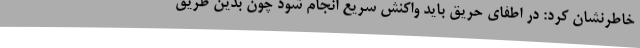
خاطرنشان کرد: در اطفای حریق باید واکنش سریع انجام شود چون بدین طریق